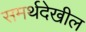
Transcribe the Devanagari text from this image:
समर्थदेखील